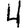
Digit: 4